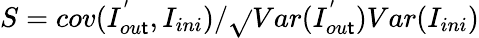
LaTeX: S=cov({I}_{ou\mathsf{t}}^{'},{I}_{ini})/\sqrt{}{{Var({I}_{ou\mathsf{t}}^{'})Var({I}_{ini})}}